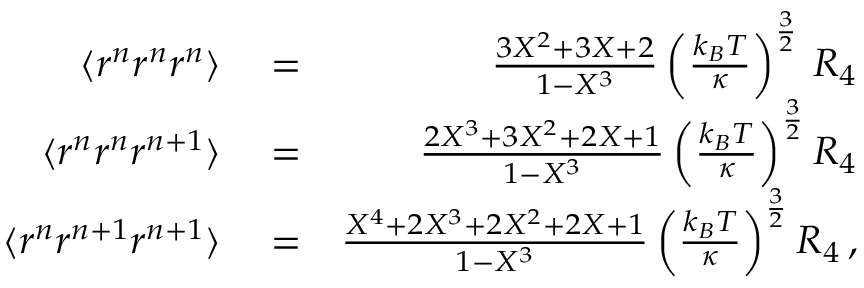
\begin{array} { r l r } { \langle r ^ { n } r ^ { n } r ^ { n } \rangle } & { { } = } & { \frac { 3 X ^ { 2 } + 3 X + 2 } { 1 - X ^ { 3 } } \left( \frac { k _ { B } T } { \kappa } \right) ^ { \frac { 3 } { 2 } } \, { \cal R } _ { 4 } } \\ { \langle r ^ { n } r ^ { n } r ^ { n + 1 } \rangle } & { { } = } & { \frac { 2 X ^ { 3 } + 3 X ^ { 2 } + 2 X + 1 } { 1 - X ^ { 3 } } \left( \frac { k _ { B } T } { \kappa } \right) ^ { \frac { 3 } { 2 } } { \cal R } _ { 4 } } \\ { \langle r ^ { n } r ^ { n + 1 } r ^ { n + 1 } \rangle } & { { } = } & { \frac { X ^ { 4 } + 2 X ^ { 3 } + 2 X ^ { 2 } + 2 X + 1 } { 1 - X ^ { 3 } } \left( \frac { k _ { B } T } { \kappa } \right) ^ { \frac { 3 } { 2 } } { \cal R } _ { 4 } \, , } \end{array}